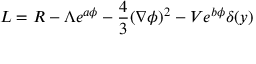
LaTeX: { \cal L } = R - \Lambda e ^ { a \phi } - \frac { 4 } { 3 } ( \nabla \phi ) ^ { 2 } - V e ^ { b \phi } \delta ( y )